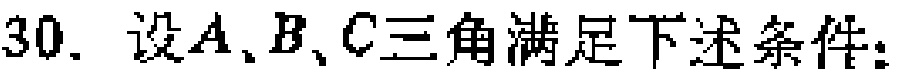
30. 设\(A\)、\(B\)、\(C\)三角满足下述条件：